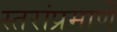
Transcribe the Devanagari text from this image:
स्तरांप्रमाणे